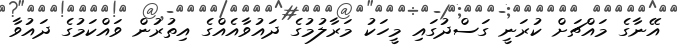
އޭނާގެ މައްޗަށް ކުރަނީ ގަސްދުގައި މީހަކު މަރާލުމުގެ ދައުވާއެއްގެ އިތުރުން ވައްކަމުގެ ދައުވާ